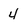
Character: 4